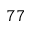
^ { 7 7 }